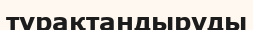
тұрақтандыруды